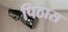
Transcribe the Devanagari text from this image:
पिठास